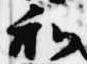
和